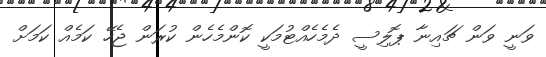
ވަނީ ވަން ޗައިނާ ޕޮލިސީ ދެމެހެއްޓުމަކީ ކޮންމެހެން ކުރަން ޖެހޭ ކަމެއް ކަމަށް